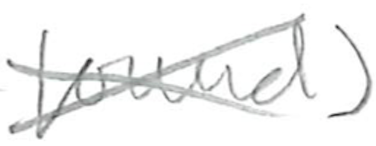
Text: found)
Cross-out: cross
Writing tool: pencil